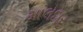
માલદાર